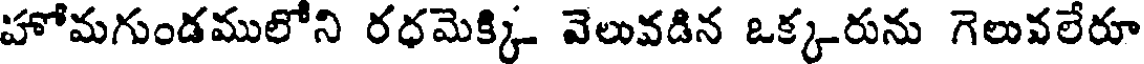
హోమగుండములోని రధమెక్కి వెలువడిన ఒక్కరును గెలువలేరూ